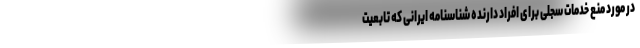
در مورد منع خدمات سجلی برای افراد دارنده شناسنامه ایرانی که تابعیت